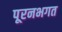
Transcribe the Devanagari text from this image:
पूरनभगत